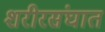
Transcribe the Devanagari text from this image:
शरीरसंघात